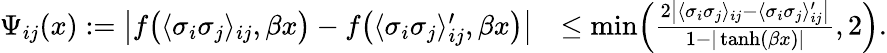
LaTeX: \begin{array}{rl}{\Psi_{ij}(x):=\bigl|f\bigl(\langle\sigma_{i}\sigma_{j}\rangle_{ij},\beta x\bigr)-f\bigl(\langle\sigma_{i}\sigma_{j}\rangle_{ij}^{\prime},\beta x\bigr)\bigr|}&{\leq\operatorname*{min}\Bigl(\frac{2\bigl|\langle\sigma_{i}\sigma_{j}\rangle_{ij}-\langle\sigma_{i}\sigma_{j}\rangle_{ij}^{\prime}\bigr|}{1-|\operatorname{tanh}(\beta x)|},2\Bigr).}\end{array}